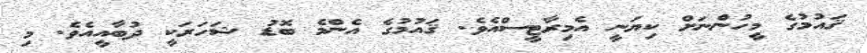
ޤައުމުގެ މީހުންނަށް ކިޔަނީ އެމިރާޓީސްއެވެ. ޤައުމުގެ އެންމެ ބޮޑު ޝަހަރަކީ ދުބާއީއެވެ. މި